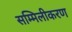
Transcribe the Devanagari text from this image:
सम्मिलीकरण